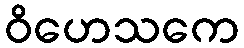
ဝိဟေသကေ